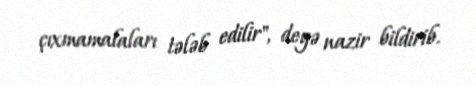
çıxmamalaları tələb edilir", deyə nazir bildirib.